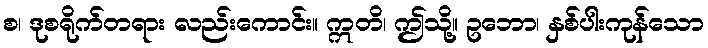
စ၊ ဒုစရိုက်တရား လည်းကောင်း။ ဣတိ၊ ဤသို့။ ဥဘော၊ နှစ်ပါးကုန်သော